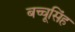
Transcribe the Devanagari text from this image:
बच्चूसिंह